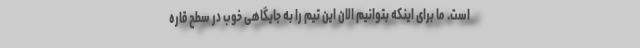
است. ما برای اینکه بتوانیم الان این تیم را به جایگاهی خوب در سطح قاره